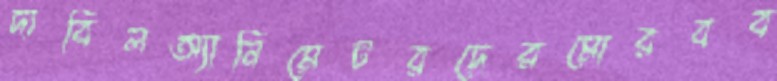
দাবিলঅ্যানিমেটরদেরমোরবব